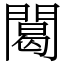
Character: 䦪